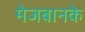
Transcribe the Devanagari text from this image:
मेजबानके